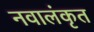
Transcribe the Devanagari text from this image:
नवालंकृत